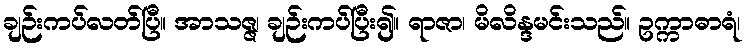
ချဉ်းကပ်လတ်ပြီ။ အာသဇ္ဇ၊ ချဉ်းကပ်ပြီး၍။ ရာဇာ၊ မိလိန္ဒမင်းသည်။ ဥက္ကာဓာရံ၊